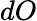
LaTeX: dO